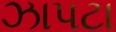
ઝાપટા